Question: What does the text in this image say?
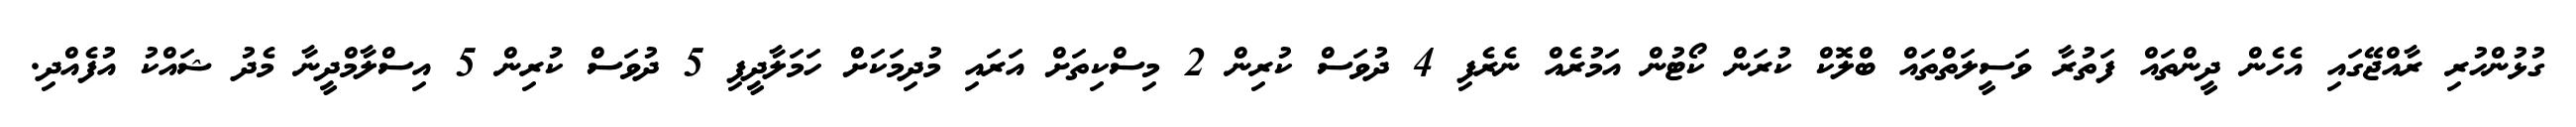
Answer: ގުޅުންހުރި ރާއްޖޭގައި އެހެން ދީންތައް ފަތުރާ ވަސީލަތްތައް ބްލޮކް ކުރަން ކޯޓުން އަމުރެއް ނެރެފި 4 ދުވަސް ކުރިން 2 މިސްކިތަށް އަރައި މުދިމަކަށް ހަމަލާދީފި 5 ދުވަސް ކުރިން 5 އިސްލާމްދީނާ މެދު ޝައްކު އުފެއްދި.